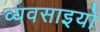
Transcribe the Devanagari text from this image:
व्यवसाइयों